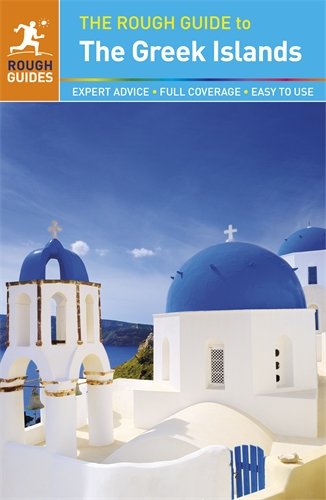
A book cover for The Rough Guide to The Greek Islands; Rough Guides; Travel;